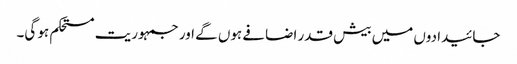
جائیدادوں میں بیش قدر اضافے ہوں گے اور جمہوریت مستحکم ہو گی۔